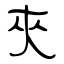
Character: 夾